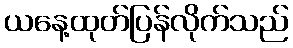
ယနေ့ထုတ်ပြန်လိုက်သည်